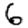
Digit: 6